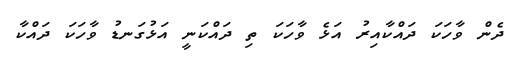
ދެން ވާހަކަ ދައްކާއިރު އަޅެ ވާހަކަ ތި ދައްކަނީ އަޅުގަނޑު ވާހަކަ ދައްކާ